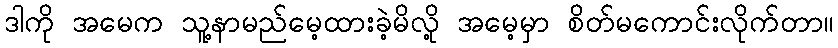
ဒါကို အမေက သူ့နာမည်မေ့ထားခဲ့မိလို့ အမေ့မှာ စိတ်မကောင်းလိုက်တာ။